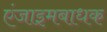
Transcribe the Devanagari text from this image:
एंजाइमबाधक